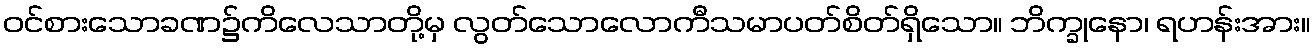
ဝင်စားသောခဏ၌ကိလေသာတို့မှ လွတ်သောလောကီသမာပတ်စိတ်ရှိသော။ ဘိက္ခုနော၊ ရဟန်းအား။